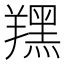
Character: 𦏉